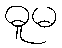
ဓူမ